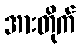
အားတိုက်